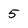
Character: 5